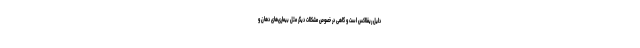
دلیل ریفلاکس است و گاهی در خصوص مشکلات دیگر مثل بیماری‌های دهان و